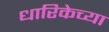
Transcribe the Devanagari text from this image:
धारिकेच्या